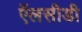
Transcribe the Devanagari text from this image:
ऍलसीडी